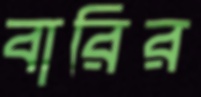
বারির